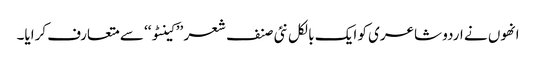
انھوں نے اردو شاعری کو ایک بالکل نئی صنف شعر ’’ کینٹو‘‘ سے متعارف کرایا۔